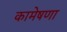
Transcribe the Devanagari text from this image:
कामेषणा